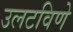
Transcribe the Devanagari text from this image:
उलटविणे